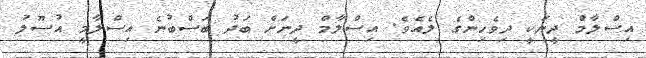
އިސްލާމް ދީނަކީ ދިވެހިންގެ ލެއެވެ. އިސްލާމް ދީނަށް ބަދު ބަސްބުނެ އިސްލާމީ އުސޫލު